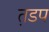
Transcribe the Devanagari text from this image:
त़डप